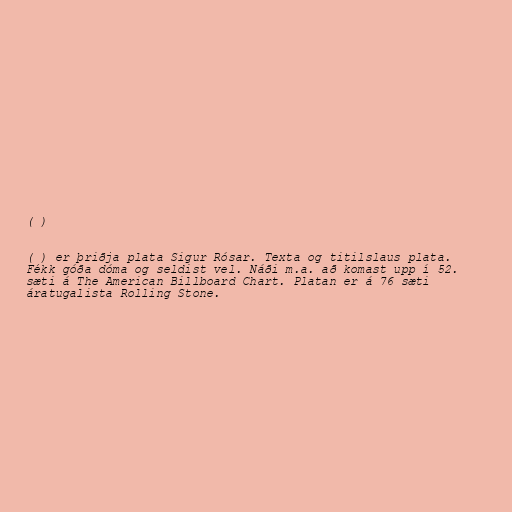
( )

( ) er þriðja plata Sigur Rósar. Texta og titilslaus plata.
Fékk góða dóma og seldist vel. Náði m.a. að komast upp í 52.
sæti á The American Billboard Chart. Platan er á 76 sæti
áratugalista Rolling Stone.